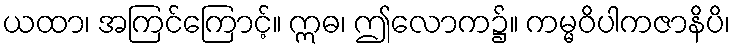
ယထာ၊ အကြင်ကြောင့်။ ဣဓ၊ ဤလောက၌။ ကမ္မဝိပါကဇာနိပိ၊